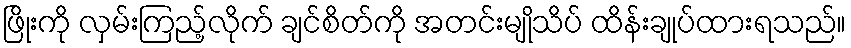
ဖြိုးကို လှမ်းကြည့်လိုက် ချင်စိတ်ကို အတင်းမျိုသိပ် ထိန်းချုပ်ထားရသည်။